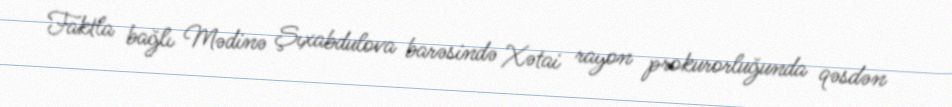
Faktla bağlı Mədinə Şıxabdulova barəsində Xətai rayon prokurorluğunda qəsdən